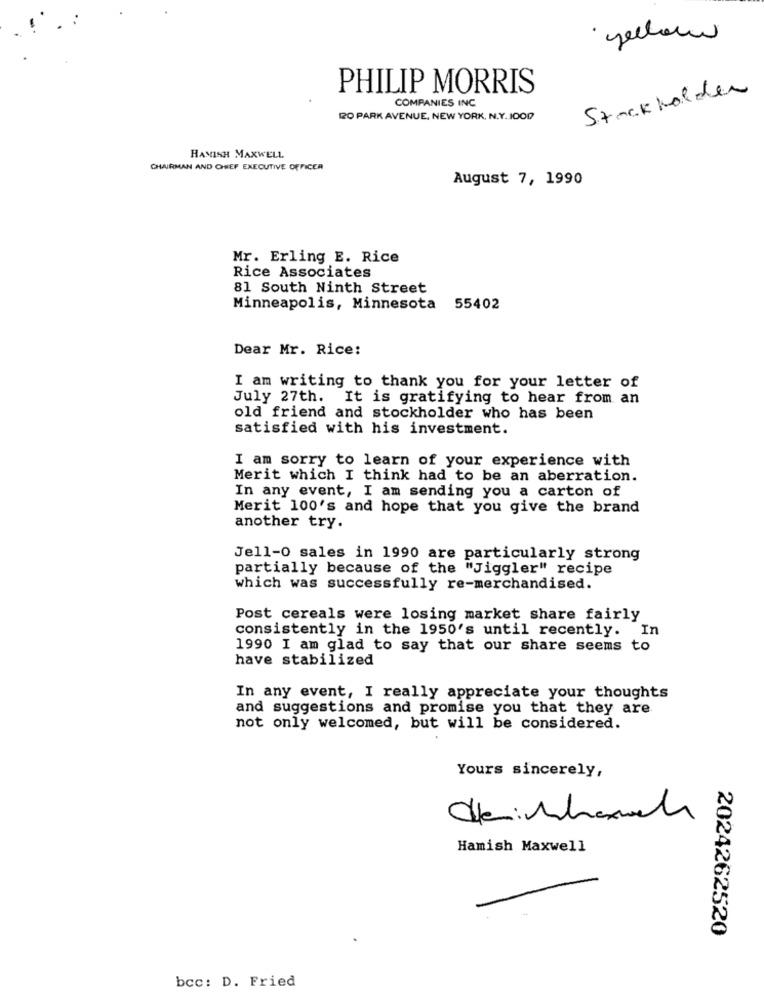
PHILIP MORRIS
COMPANIES INC
Strakkolder
RO PARK AVENUE, NEW YORK, N.Y.1000
HAMISH MAXWELL
CHAIRMAN AND CHIEF EXECUTIVE OFFICER
August 7, 1990
Mr. Erling E. Rice
Rice Associates
81 South Ninth Street
Minneapolis, Minnesota 55402
Dear Mr. Rice:
I am writing to thank you for your letter of
July 27th. It is gratifying to hear from an
old friend and stockholder who has been
satisfied with his investment.
I am sorry to learn of your experience with
Merit which I think had to be an aberration.
In any event, I am sending you a carton of
Merit 100's and hope that you give the brand
another try.
Jell-O sales in 1990 are particularly strong
partially because of the "Jiggler" recipe
which was successfully re-merchandised.
Post cereals were losing market share fairly
consistently in the 1950's until recently. In
1990 I am glad to say that our share seems to
have stabilized
In any event, I really appreciate your thoughts
and suggestions and promise you that they are
not only welcomed, but will be considered.
Yours sincerely,
Ce:March
Hamish Maxwell
2024262520
bcc: D. Fried